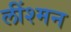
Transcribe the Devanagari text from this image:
लींश्मन